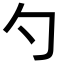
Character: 勺